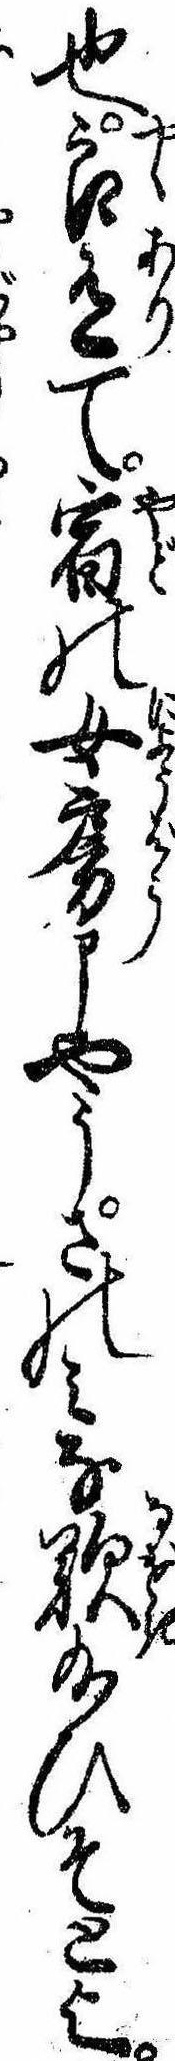
也良有て宿の女房申やうさのミな歎給ひそとよ